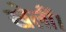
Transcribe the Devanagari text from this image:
खेलीं।